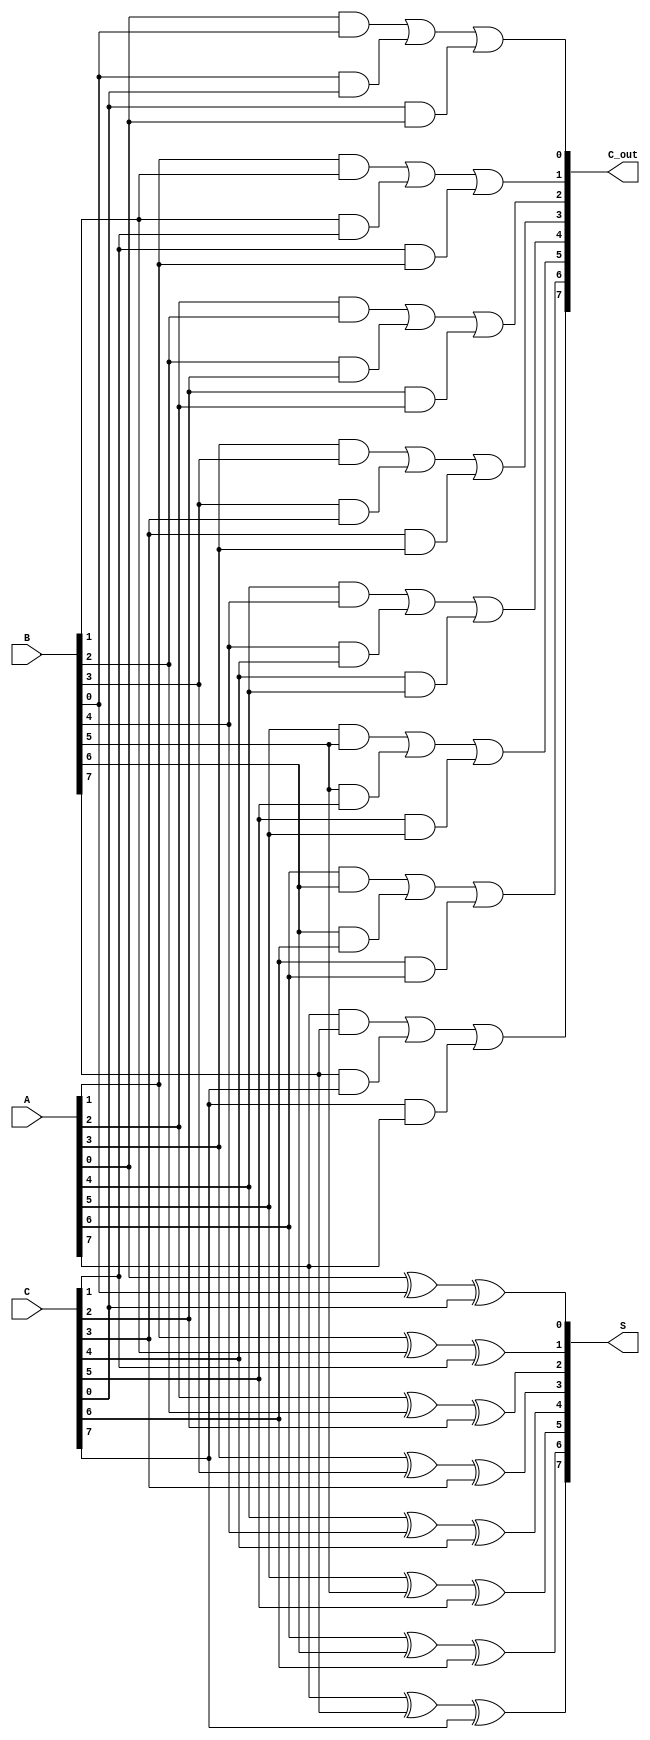
module DynamicCarrySaveAdder (
    input wire [N-1:0] A,  // First input
    input wire [N-1:0] B,  // Second input
    input wire [N-1:0] C,  // Third input
    output wire [N-1:0] S,  // Sum output
    output wire [N-1:0] C_out // Carry output
);
    parameter N = 8; // Number of bits for the inputs

    // Intermediate signals for carry and sum
    wire [N-1:0] carry_temp;
    wire [N-1:0] sum_temp;

    // Generate the sum and carry outputs using dynamic logic principles
    genvar i;
    generate
        for (i = 0; i < N; i = i + 1) begin : CSA_logic
            // Sum is calculated as A XOR B XOR C
            assign sum_temp[i] = A[i] ^ B[i] ^ C[i];

            // Carry is calculated as (A AND B) OR (B AND C) OR (C AND A)
            assign carry_temp[i] = (A[i] & B[i]) | (B[i] & C[i]) | (C[i] & A[i]);
        end
    endgenerate

    // Assign outputs
    assign S = sum_temp;      // Final sum output
    assign C_out = carry_temp; // Final carry output

endmodule